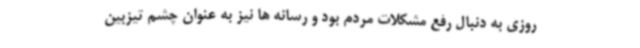
روزی به دنبال رفع مشکلات مردم بود و رسانه ها نیز به عنوان چشم تیزبین